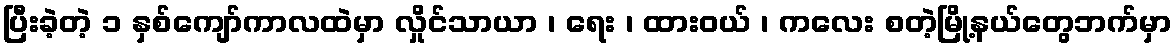
ပြီးခဲ့တဲ့ ၁ နှစ်ကျော်ကာလထဲမှာ လှိုင်သာယာ ၊ ရေး ၊ ထားဝယ် ၊ ကလေး စတဲ့မြို့နယ်တွေဘက်မှာ